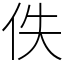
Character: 佚